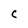
Character: C